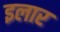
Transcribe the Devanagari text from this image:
इलार